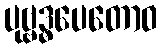
ပုဗ္ဗဒ္ဓပေတောဝ